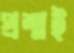
প্রশ্নই